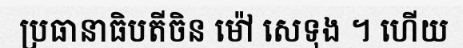
ប្រធានាធិបតីចិន ម៉ៅ សេទុង ។ ហើយ